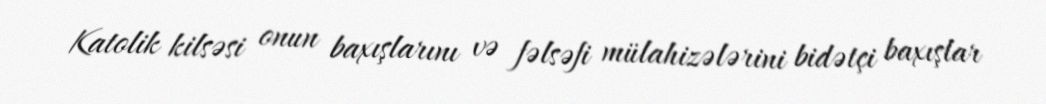
Katolik kilsəsi onun baxışlarını və fəlsəfi mülahizələrini bidətçi baxışlar